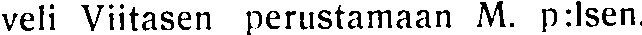
veli Viitasen perustamaan M. p:lsen.